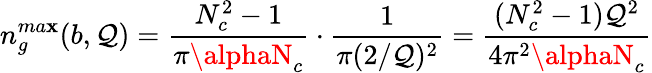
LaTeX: n_{g}^{ma\mathbf{x}}(b,\mathcal{Q})={\frac{{N_{c}^{2}-1}}{{\pi\alphaN_{c}}}}\cdot{\frac{{1}}{{\pi(2/\mathcal{Q})^{2}}}}={\frac{{(N_{c}^{2}-1)\mathcal{Q}^{2}}}{{4\pi^{2}\alphaN_{c}}}}